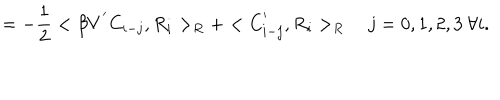
LaTeX: = - \frac { 1 } { 2 } < \beta V ^ { ' } C _ { i - j } , R _ { i } > _ { R } + < C _ { i - j } ^ { ' } , R _ { i } > _ { R } j = 0 , 1 , 2 , 3 \ \forall i .